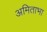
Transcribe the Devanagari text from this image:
अमिताभा